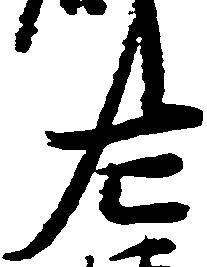
左